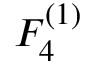
{ F } _ { 4 } ^ { ( 1 ) }